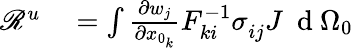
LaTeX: \begin{array}{rl}{\mathscr{R}^{u}}&{{}=\int\frac{\partial w_{j}}{\partial x_{0_{k}}}F_{ki}^{-1}\sigma_{ij}^{\phantom{}}J\ \mathrm{~d~}{\Omega_{0}}}\end{array}